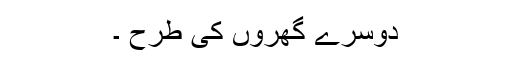
دوسرے گھروں کی طرح ۔